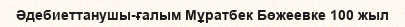
Әдебиеттанушы-ғалым Мұратбек Бөжеевке 100 жыл